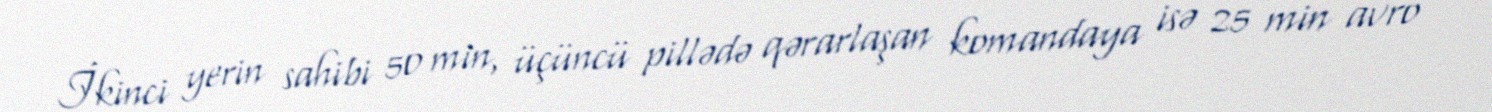
İkinci yerin sahibi 50 min, üçüncü pillədə qərarlaşan komandaya isə 25 min avro